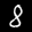
Label: 8